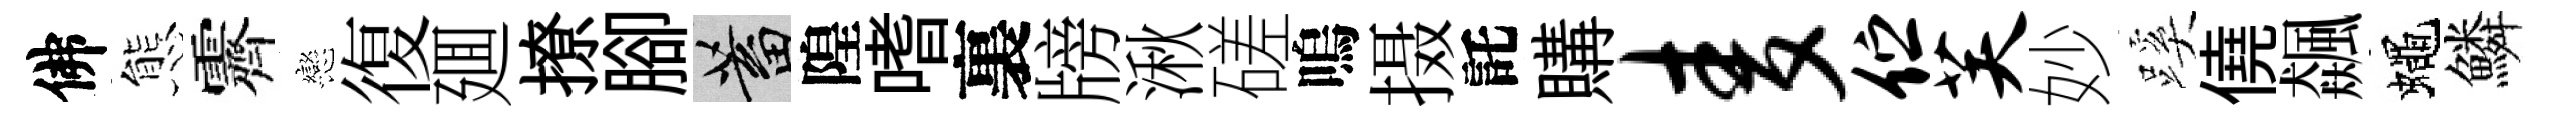
佛態霽戀復廽撩腳蓄隍嗜裏牓湫磋嗚摄託購麦伫芙妙蹊僥飆蠅鱗